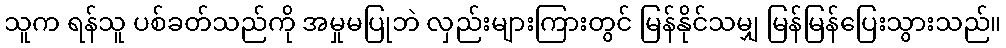
သူက ရန်သူ ပစ်ခတ်သည်ကို အမှုမပြုဘဲ လှည်းများကြားတွင် မြန်နိုင်သမျှ မြန်မြန်ပြေးသွားသည်။